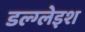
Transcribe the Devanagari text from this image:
डल्ग्लेइश